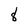
Character: 8